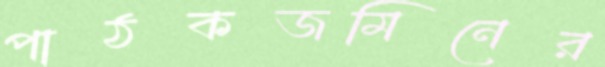
পাঠকজমিনের